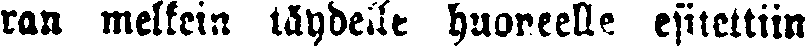
ran melkein täydelle huoneelle esitettiin